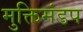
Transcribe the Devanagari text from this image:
मुक्तिमंडप